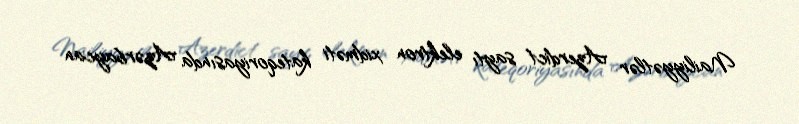
Nailiyyətlər Azerdict saytı elektron xidməti kateqoriyasında Azərbaycan